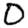
Digit: 0